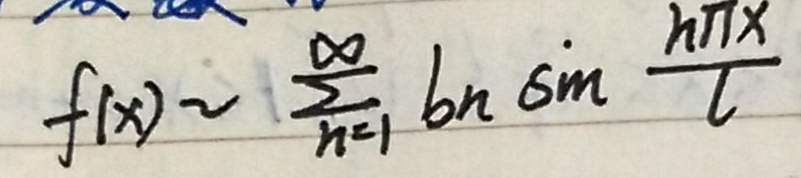
\[
f(x)\sim\sum_{n = 1}^{\infty}b_{n}\sin\frac{n\pi x}{l}
\]